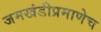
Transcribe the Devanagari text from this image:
जमखंडीप्रमाणेच